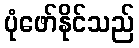
ပုံဖော်နိုင်သည်